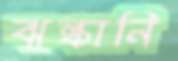
ঝল্কানি